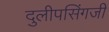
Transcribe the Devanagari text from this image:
दुलीपसिंगजी